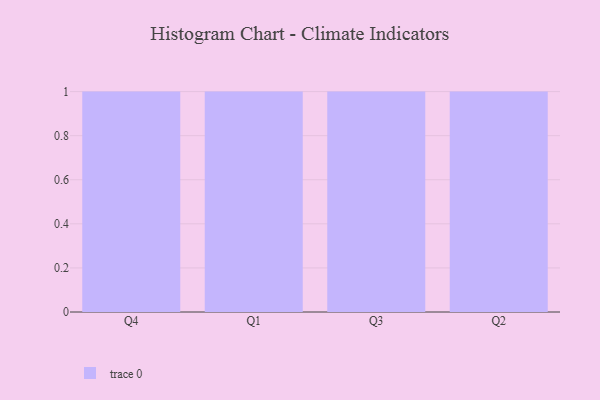
{"axis": {"x": "Quarter", "y": "Backlog"}, "legend": [""], "data": [{"x": "Q4", "y": 33, "type": ""}, {"x": "Q1", "y": 79, "type": ""}, {"x": "Q3", "y": 66, "type": ""}, {"x": "Q2", "y": 17, "type": ""}]}